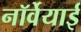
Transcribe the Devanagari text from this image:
नॉर्वेयाई